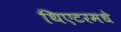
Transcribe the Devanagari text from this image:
थिएटरमधे